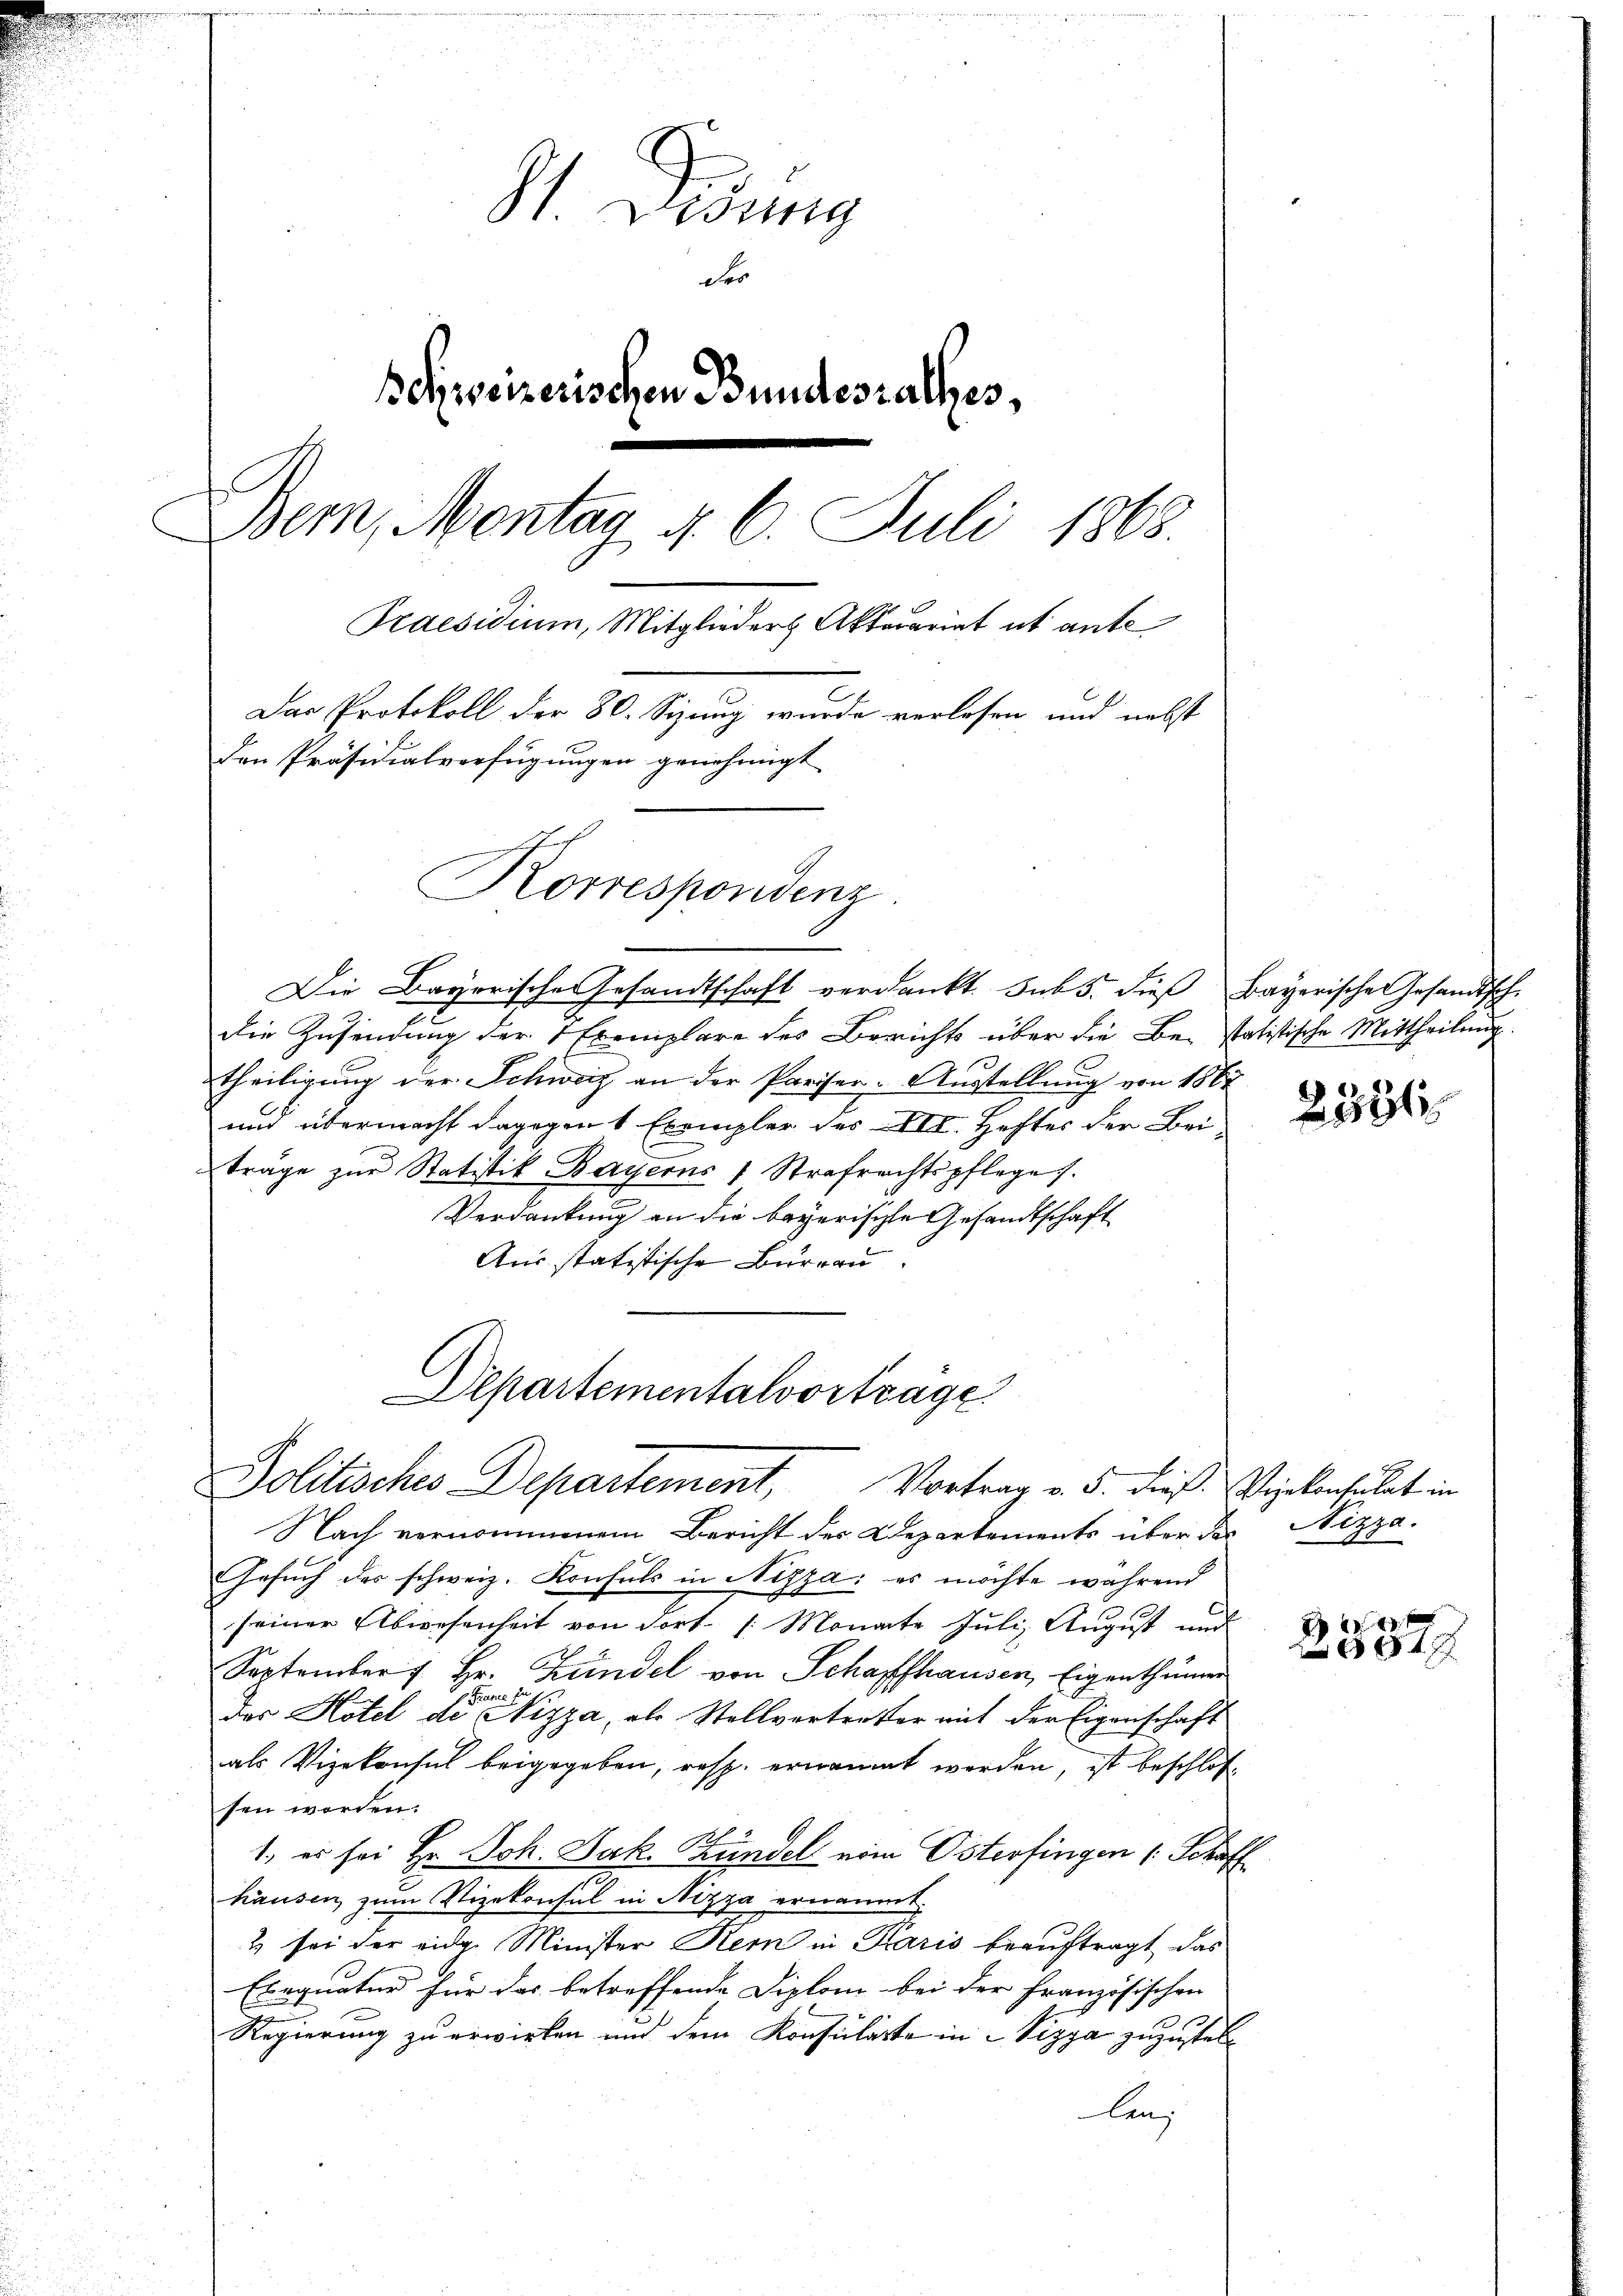
St. Didung
de
Behweizerischen Bundesrathes,
Bem, Montag d. 6. Juli 1863.
Praesidium, Mitglieder Aktuariat ab ante
Das Protokoll der 80. Sizung wurde verlesen und nebst
den Präsidialverfügungen genehmigt
Korrespondenz.

Die Bayerische Gesandtschaft verdankt. Sub 5. dieß Bayerische Gesandtsch-
die Zusendung der Exemplare der Berichts über die Bestatistische Mittheilung.
theiligung der Schweiz an der Pariser-Ausstellung von 1867
und übermacht dagegen 1 Exempler des III. Hefter der Bei-
träge zur Statistik Bayerns 1 Strafrachtspflege.
Verdankung an die bayerische Gesandtschaft
Ausstatistische Burgau.

Departementalvorträge
Politisches Departement, Vortrag v. 5. dieß Vizekonsulat in

Nach vernommenem Bericht der Departements über das Nizza¬
Gesŭch der schweiz. Konsuls in Nizza: es möchte während
seiner Abwesenheit von dort /: Monate Juli, August und
September 1. Hr. Zündel von Schaffhausen, Eigenthumer
 France zu
Das Hotel de Nizza, als Stellvertreter mit der Eigenschaft
als Vizekonsul beigegeben, resp. ernannt werden, ist beschlos
sen worden.
1., es sei Hr. Joh. Jak. Bündel vom Osterfingen (Schaf
häusen zum Vizekonsul in Nizza ernannt.
2 sei der eidg. Minister Kern in Karis beauftragt, das
Exequatur für das betreffende Diplom bei der Französischen
Regierung zu erwirken und dem Konsulätte in Vizpa zuzustellen,

2381

f 4 x
4x